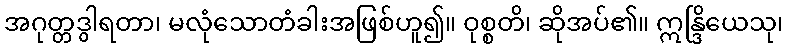
အဂုတ္တဒွါရတာ၊ မလုံသောတံခါးအဖြစ်ဟူ၍။ ဝုစ္စတိ၊ ဆိုအပ်၏။ ဣန္ဒြိယေသု၊